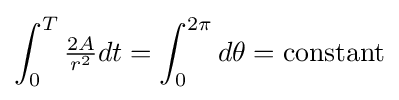
\int _{0}^{T}{\tfrac {2A}{r^{2}}}dt=\int _{0}^{2\pi }d\theta =\mathrm {constant}